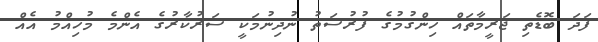
ފަދަ ބޮޑެތި ޖަރީމާތައް ހިންގުމުގެ ފުރުސަތު ނުދިނުމަކީ ސަރުކާރުގެ އެންމެ މުހިއްމު އެއް